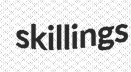
skillings